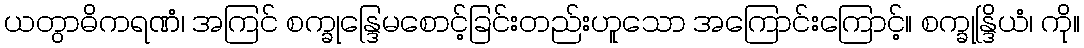
ယတွာဓိကရဏံ၊ အကြင် စက္ခုန္ဒြေမစောင့်ခြင်းတည်းဟူသော အကြောင်းကြောင့်။ စက္ခုန္ဒြိယံ၊ ကို။